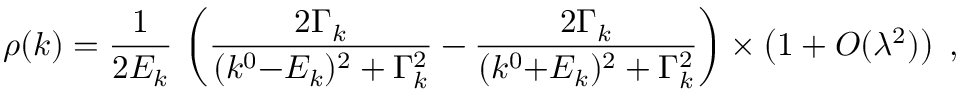
\rho ( k ) = { \frac { 1 } { 2 E _ { k } } } \, \left( { \frac { 2 \Gamma _ { k } } { ( k ^ { 0 } { - } E _ { k } ) ^ { 2 } + \Gamma _ { k } ^ { 2 } } } - { \frac { 2 \Gamma _ { k } } { ( k ^ { 0 } { + } E _ { k } ) ^ { 2 } + \Gamma _ { k } ^ { 2 } } } \right) \times \left( 1 + { \cal O } ( \lambda ^ { 2 } ) \right) \; ,